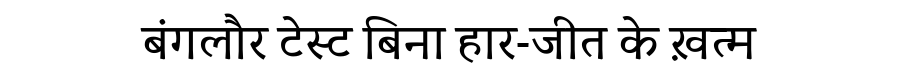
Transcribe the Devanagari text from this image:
बंगलौर टेस्ट बिना हार-जीत के ख़त्म